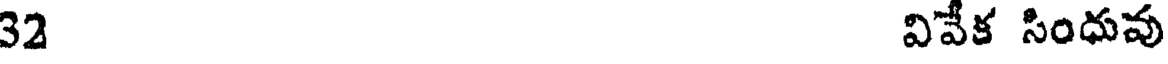
32 వివేక సింధువు